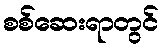
စစ်ဆေးရာတွင်